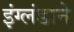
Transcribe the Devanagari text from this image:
इंग्लंडाने